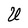
Character: U